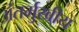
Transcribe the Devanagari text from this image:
अंतर्मुखीय